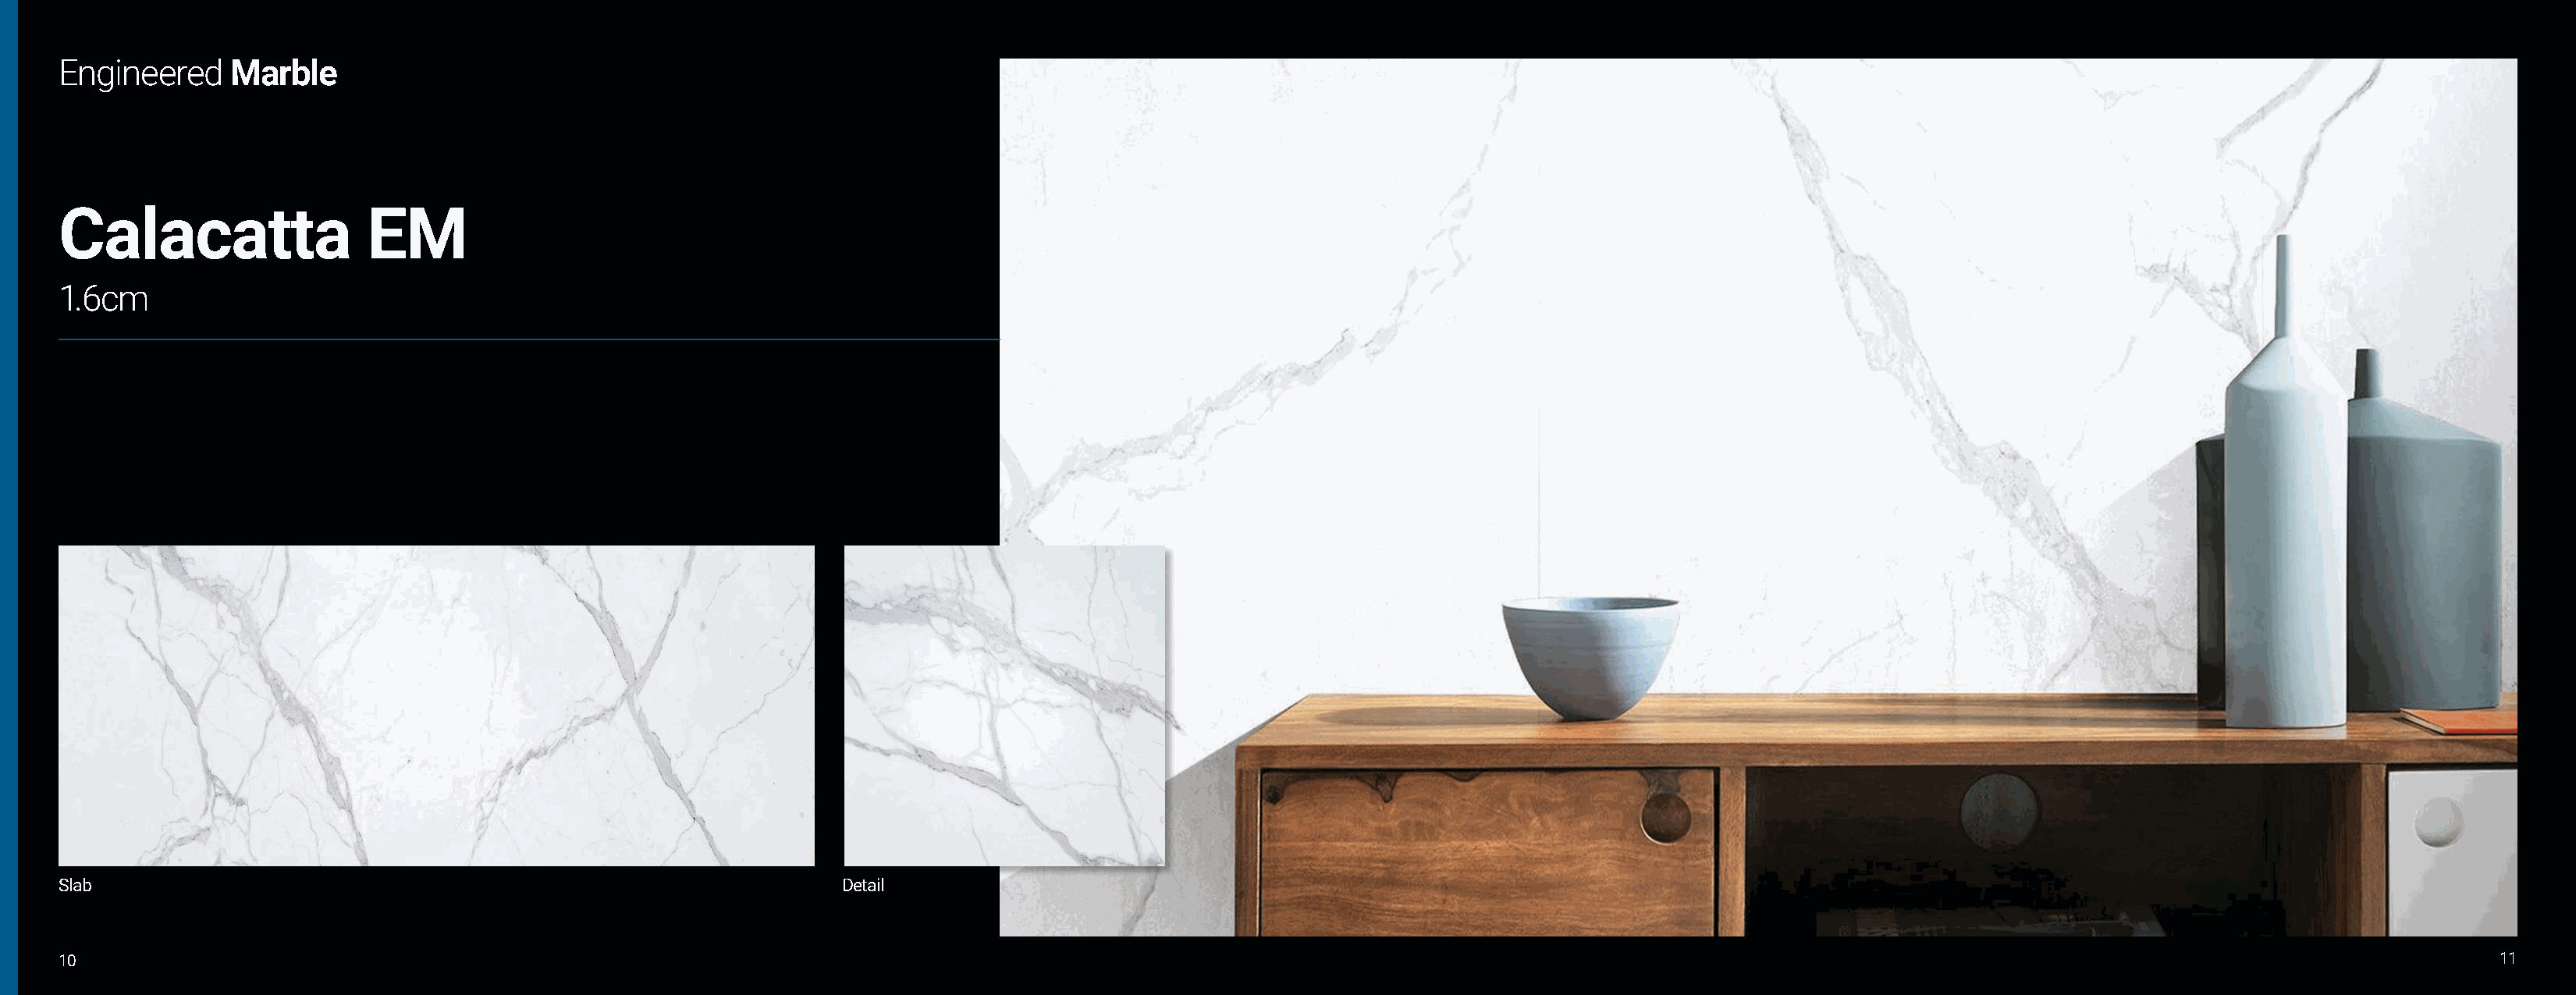
Engineered     Marble
 Calacatta                 EM
 1.6cm
 Slab                                                              Detail
 10                                                                                                                                                                                                             11